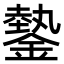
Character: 𨫔